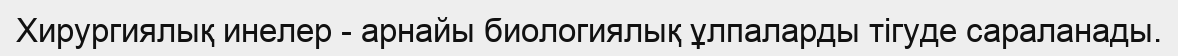
Хирургиялық инелер - арнайы биологиялық ұлпаларды тігуде сараланады.